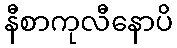
နီစာကုလီနောပိ